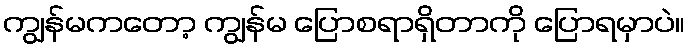
ကျွန်မကတော့ ကျွန်မ ပြောစရာရှိတာကို ပြောရမှာပဲ။